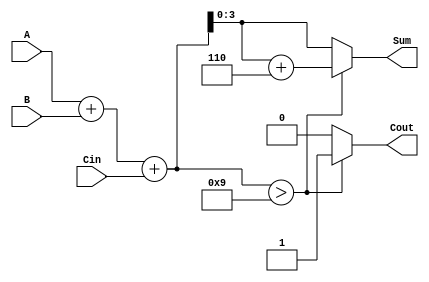
module BCD_Ripple_Carry_Adder (
    input  wire [3:0] A,      // 4-bit BCD input A
    input  wire [3:0] B,      // 4-bit BCD input B
    input  wire Cin,           // Carry input
    output reg  [3:0] Sum,     // 4-bit BCD output for the sum
    output reg  Cout           // Carry output
);

    wire [4:0] binary_sum;     // 5-bit to hold the sum (A + B + Cin)
    
    // Step 1: Binary addition of A, B and Cin
    assign binary_sum = A + B + Cin;

    // Step 2: Check if correction is needed (if the sum exceeds 9)
    always @(*) begin
        if (binary_sum > 9) begin
            Sum = binary_sum + 6;  // Add 6 for BCD correction
            Cout = 1;               // Set carry output
        end else begin
            Sum = binary_sum;       // No correction needed
            Cout = 0;               // No carry output
        end
    end

endmodule